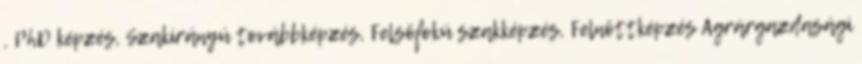
, PhD képzés, Szakirányú továbbképzés, Felsõfokú szakképzés, Felnõttképzés Agrárgazdasági